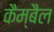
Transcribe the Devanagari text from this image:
कैम्बैल